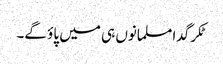
ٹکر گدا مسلمانوں ہی میں پاؤ گے۔